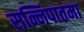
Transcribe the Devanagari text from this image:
सन्निपातमा